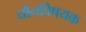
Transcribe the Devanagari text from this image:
यौनविषयक